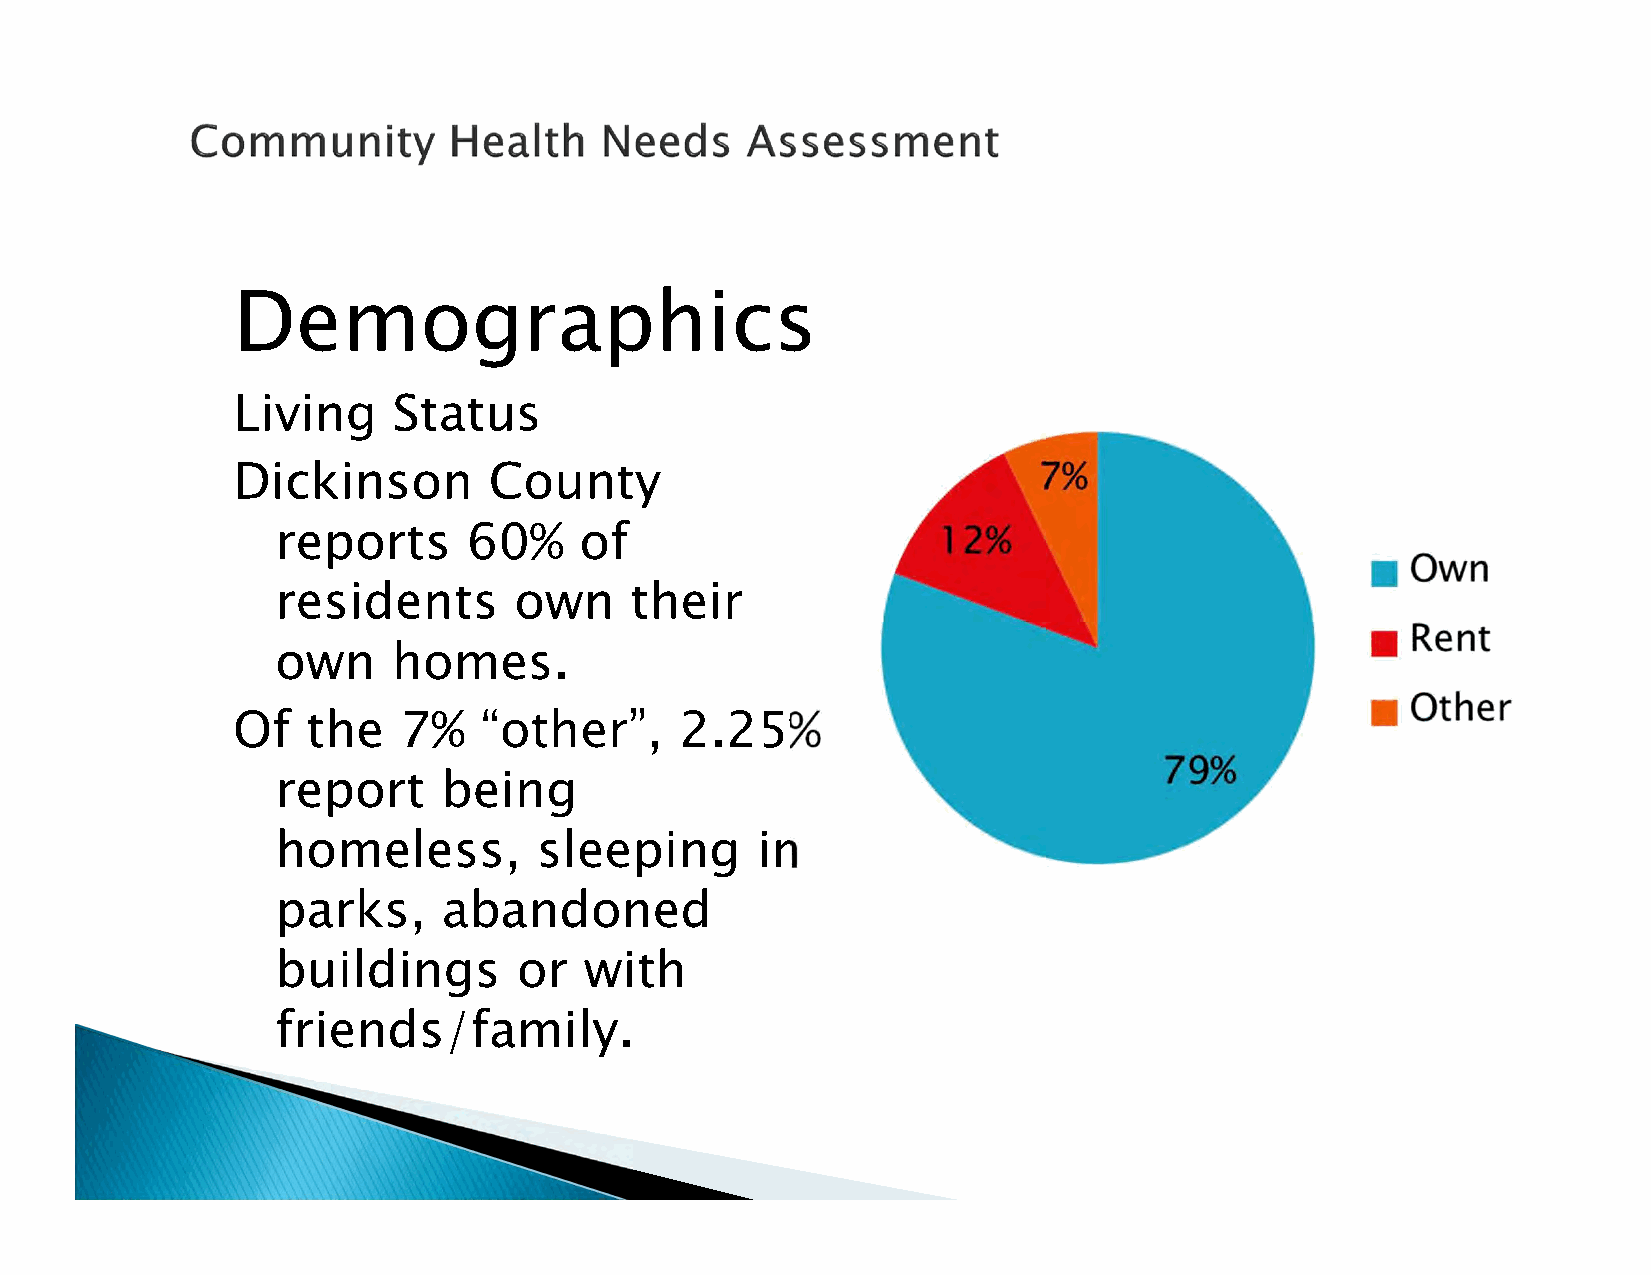
Demographics
 Living     Status
 Dickinson        County
 reports      60%    of
 residents       own     their
 own     homes.
 Of   the   7%    “other”,     2.25%
 report     being
 homeless,         sleeping      in
 parks,     abandoned
 buildings       or   with
 friends/family.